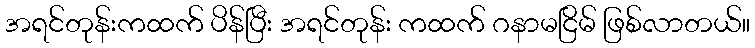
အရင်တုန်းကထက် ပိန်ပြီး အရင်တုန်း ကထက် ဂနာမငြိမ် ဖြစ်လာတယ်။